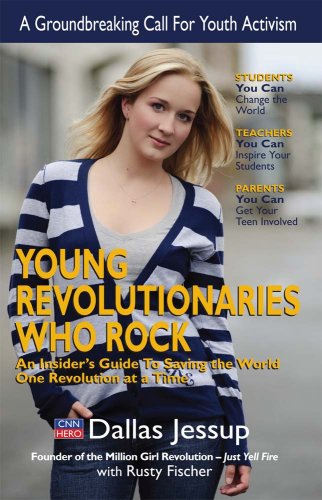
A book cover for Young Revolutionaries Who Rock: An Insider's Guide to Saving the World One Revolution at a Time; Dallas Jessup; Teen & Young Adult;